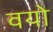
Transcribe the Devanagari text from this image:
वयो